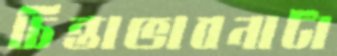
চিন্তাভাবনাটা